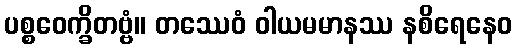
ပစ္စဝေက္ခိတဗ္ဗံ။ တဿေဝံ ဝါယမမာနဿ နစိရေနေဝ